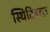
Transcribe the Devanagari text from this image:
स्थितिबदल